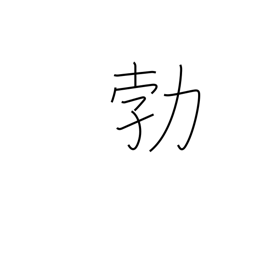
Meaning: suddenness